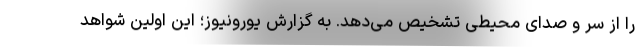
را از سر و صدای محیطی تشخیص می‌دهد. به گزارش یورونیوز؛ این اولین شواهد